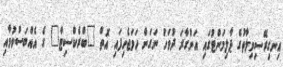
އިނގިރޭސިވިލާތުގެ ޕާލިމަންޓުގައި އަންގާރަ ދުވަހު ނަގަން ހަމަޖެހިފައި އޮތް "ބްރެކްސިޓް" ގެ އެއްބަސްވުމާއި